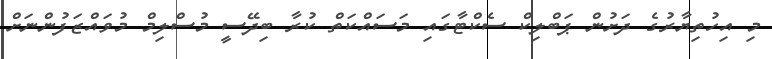
މި އިހުތިޔާރުގެ ދަށުން ޕަބްލިކް ސެކްޓާގައި މަސައްކަތް ކުރާ ބިދޭސީ މުސްލިމް މުވައްޒަފުންނަށް